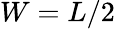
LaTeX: W=L/2